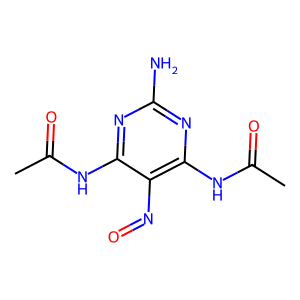
SMILES: CC(=O)Nc1nc(N)nc(NC(C)=O)c1N=O
Inhibits HIV replication: No